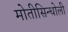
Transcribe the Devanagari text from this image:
मोतीसिन्धोली